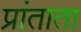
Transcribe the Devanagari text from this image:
प्रांताता